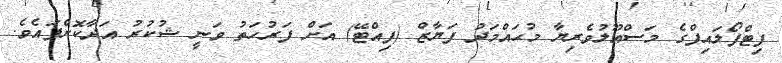
ފިޓްފޯލައިފްގެ މަސްއޫލުވެރިޔާ މުޙައްމަދު ފަޔާޒް (ފިއްޓޭ) އަށް ފަރުހަތު ވަނީ ޝުކުރު އަދާކޮށްފައެވެ.